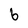
Character: b